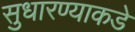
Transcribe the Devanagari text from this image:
सुधारण्याकडे